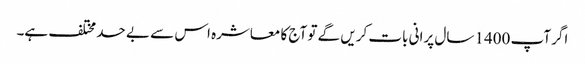
اگر آپ 1400 سال پرانی بات کریں گے تو آج کا معاشرہ اس سے بے حد مختلف ہے۔